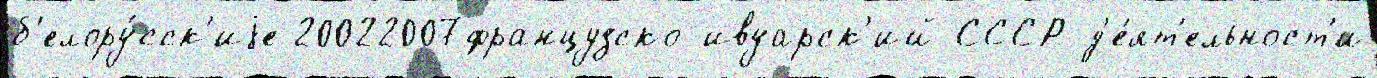
б'елору́сск'иjе 20022007французско-ивуарск'ий СССР д'е́ят'ельност'и